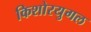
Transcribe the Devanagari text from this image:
किशोरयुगल